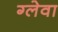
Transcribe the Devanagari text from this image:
ग्लेवा